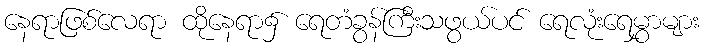
နေရာဖြစ်လေရာ ထိုနေရာ၌ ရေတံခွန်ကြီးသဖွယ်ပင် ရေလုံးရေမွှာများ